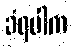
ခံရပါက